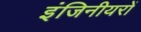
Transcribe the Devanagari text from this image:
इंजिनीयरों